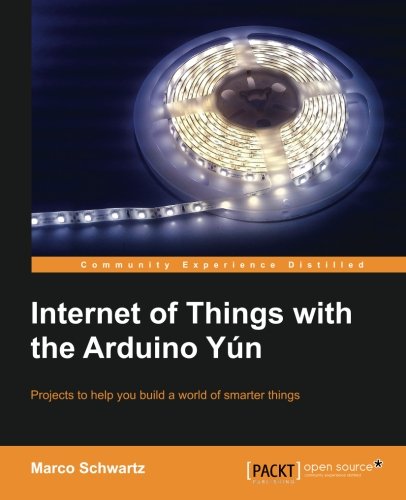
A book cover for Internet of Things with the Arduino YÃºn; Marco Schwartz; Computers & Technology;